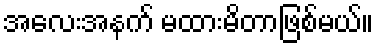
အလေးအနက် မထားမိတာဖြစ်မယ်။